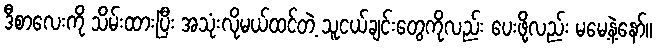
ဒီစာလေးကို သိမ်းထားပြီး အသုံးလိုမယ်ထင်တဲ့ သူငယ်ချင်းတွေကိုလည်း ပေးဖို့လည်း မမေ့နဲ့နော်။